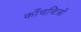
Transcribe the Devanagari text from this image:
काँचचित्रों